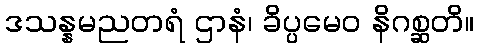
ဒသန္နမညတရံ ဌာနံ၊ ခိပ္ပမေဝ နိဂစ္ဆတိ။